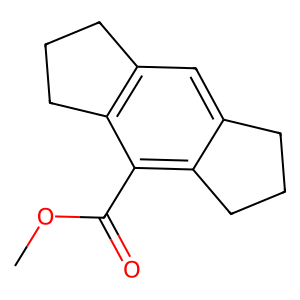
SMILES: COC(=O)c1c2c(cc3c1CCC3)CCC2
Inhibits HIV replication: No